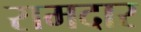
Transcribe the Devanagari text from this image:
रामदार